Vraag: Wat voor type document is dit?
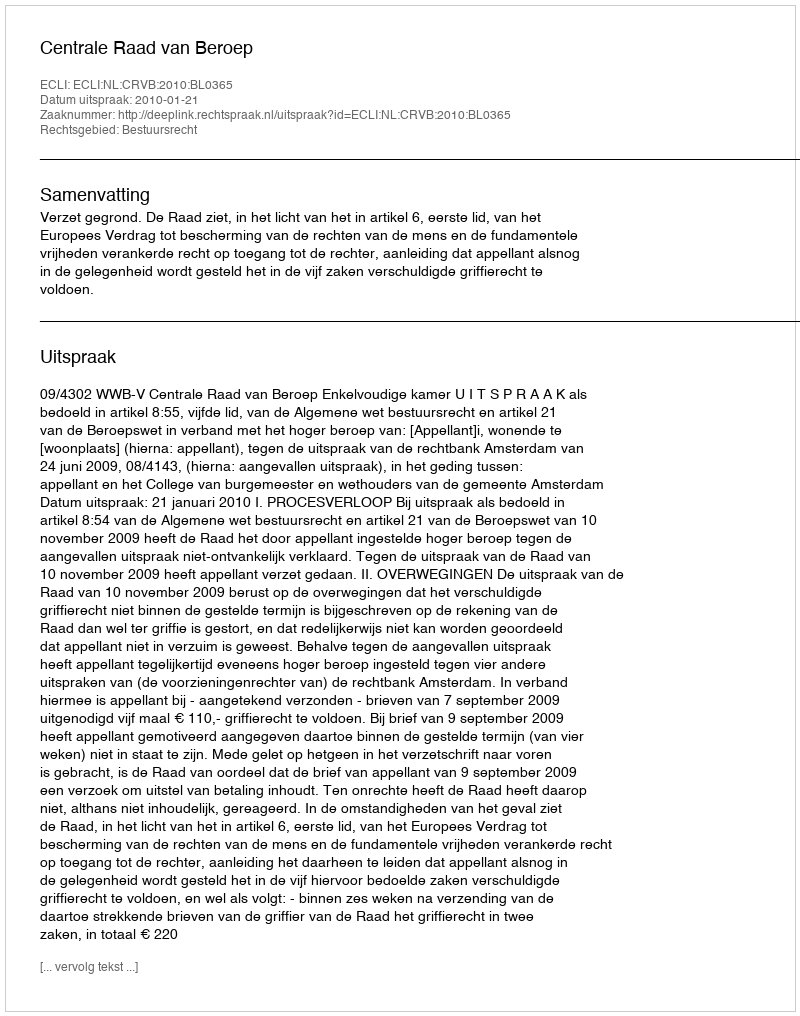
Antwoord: Uitspraak